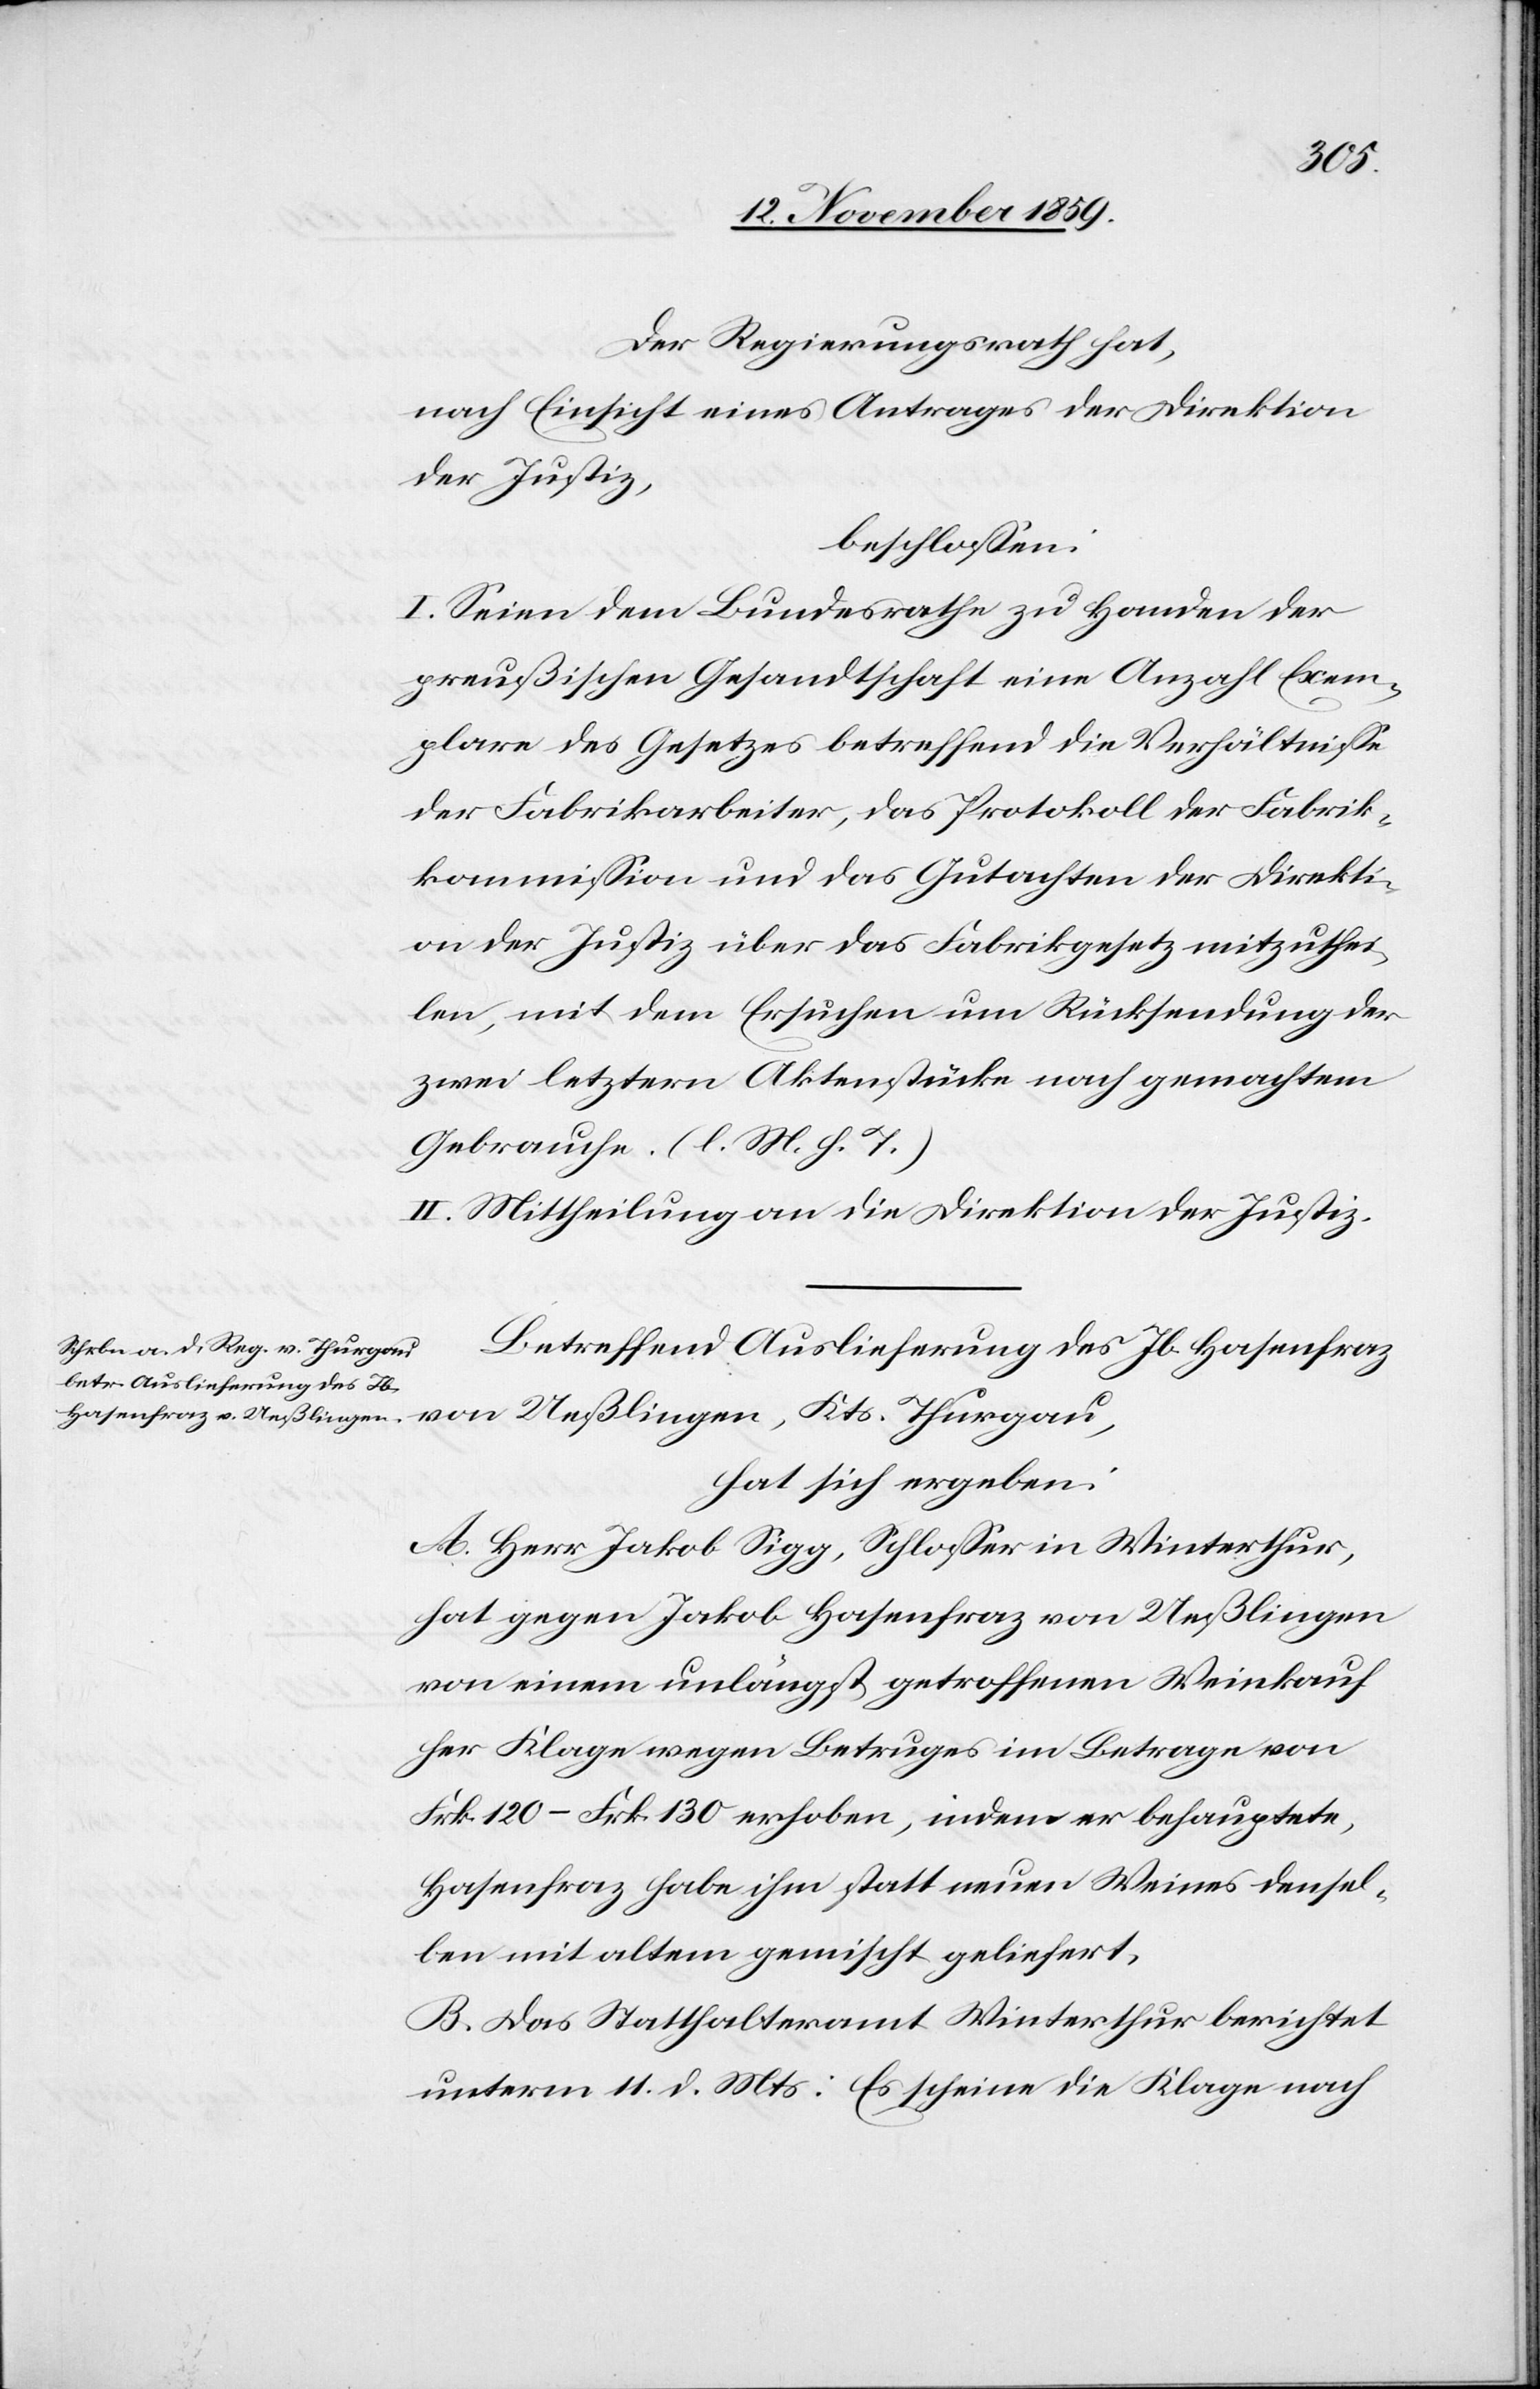
Kts.
Der Regierungsrath hat,
nach Einsicht eines Antrages der Direktion
der Justiz,
beschlossen:
I. Seien dem Bundesrathe zu Handen der
preußischen Gesandtschaft eine Anzahl Exem¬
plare des Gesetzes betreffend die Verhältnisse
der Fabrikarbeiter, das Protokoll der Fabrik¬
kommission und das Gutachten der Direkti¬
on der Justiz über das Fabrikgesetz mitzuthei¬
len, mit dem Ersuchen um Rücksendung der
zwei letztern Aktenstücke nach gemachtem
Gebrauche. (l. M. h. T.)
II. Mittheilung an die Direktion der Justiz.
Betreffend Auslieferung des Jb. Hasenfraz
hat sich ergeben:
A. Herr Jakob Sigg, Schlosser in Winterthur,
hat gegen Jakob Hasenfraz von Ueßlingen
von einem unlängst getroffenen Weinkauf
her Klage wegen Betruges im Betrage von
Frk. 120 – Frk. 130 erhoben, indem er behauptete,
Hasenfraz habe ihm statt neuen Weines densel¬
ben mit altem gemischt geliefert.
B. Das Statthalteramt Winterthur berichtet
unterm 11. d. Mts: Es scheine die Klage nach